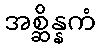
အစ္ဆိန္နကံ